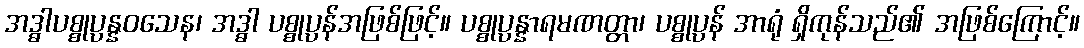
အဒ္ဓါပစ္စုပ္ပန္နဝသေန၊ အဒ္ဓါ ပစ္စုပ္ပန်အဖြစ်ဖြင့်။ ပစ္စုပ္ပန္နာရမဏတ္တာ၊ ပစ္စုပ္ပန် အာရုံ ရှိကုန်သည်၏ အဖြစ်ကြောင့်။